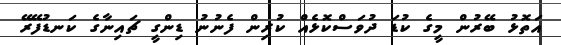
އަތޮޅު ބޭރުން މީގެ ކުޑަ ދުވަސްކޮޅެއް ކުރިން ފެނުނު ޑިންގީ ޗައިނާގެ ކަނޑުފޭރޭ